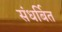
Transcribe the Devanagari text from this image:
संधर्बित